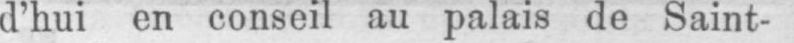
d’hui en conseil au palais de Saint-